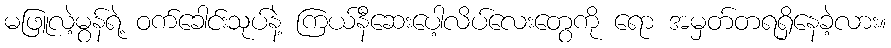
မဖြူလဲ့မွန်ရဲ့ ဝက်ခေါင်းသုပ်နဲ့ ကြယ်နီဆေးပေါ့လိပ်လေးတွေကို ရော အမှတ်တရရှိနေခဲ့လား။